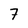
Character: 7